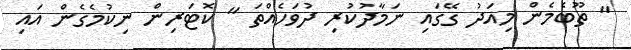
" ތޫބެމެން މިއަދު ގޭގައި ނަމާދުކުރި ދުވަހެއްތަ " ކޮޓަރިން ނިކުމެގެން އައި